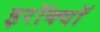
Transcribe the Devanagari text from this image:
इरॉक्वॉ